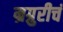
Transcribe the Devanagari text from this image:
म्रग्रुरीचं